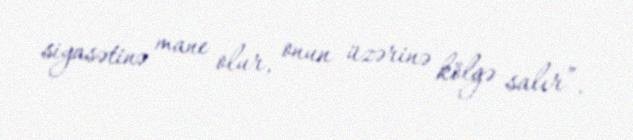
siyasətinə mane olur, onun üzərinə kölgə salır”.